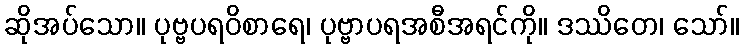
ဆိုအပ်သော။ ပုဗ္ဗပရဝိစာရေ၊ ပုဗ္ဗာပရအစီအရင်ကို။ ဒဿိတေ၊ သော်။